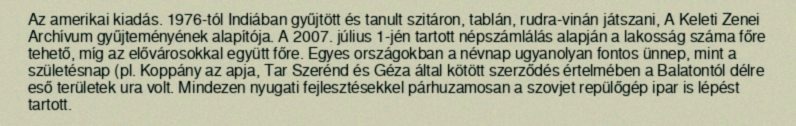
Az amerikai kiadás. 1976-tól Indiában gyűjtött és tanult szitáron, tablán, rudra-vinán játszani, A Keleti Zenei Archívum gyűjteményének alapítója. A 2007. július 1-jén tartott népszámlálás alapján a lakosság száma főre tehető, míg az elővárosokkal együtt főre. Egyes országokban a névnap ugyanolyan fontos ünnep, mint a születésnap (pl. Koppány az apja, Tar Szerénd és Géza által kötött szerződés értelmében a Balatontól délre eső területek ura volt. Mindezen nyugati fejlesztésekkel párhuzamosan a szovjet repülőgép ipar is lépést tartott.